Leaving Certificate Examination, 1902
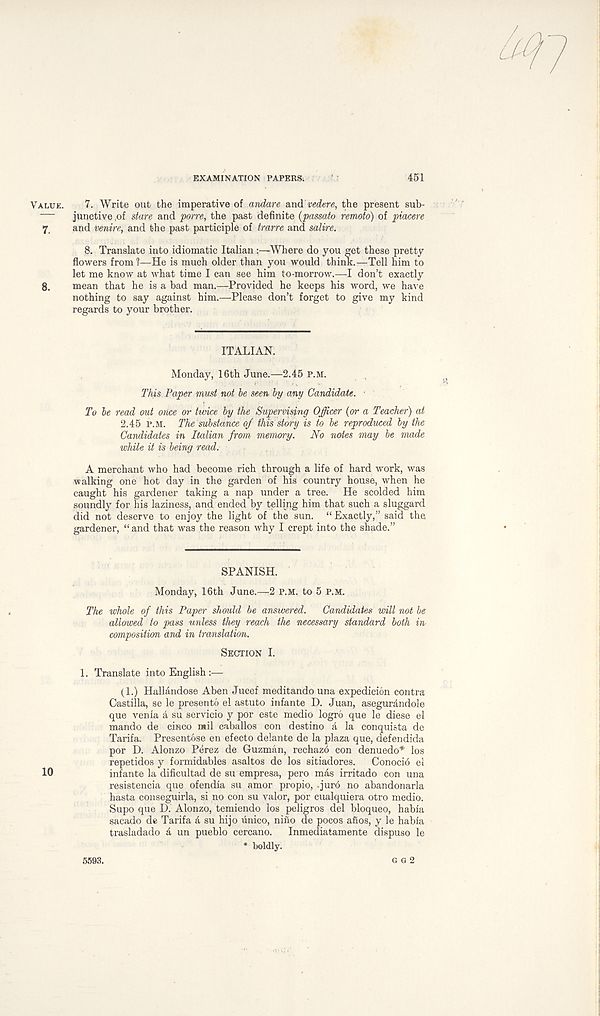
EXAMINATION PAPERS;
451
Value. 7. Write out the imperative of andare and vedere, the present sub-
junctive ,of stare and poire, the past definite (passato remote) of piacere
7, and venire, and the past participle of trarre and satire.
8. Translate into idiomatic Italian :—Where do you get these pretty
flowers from?—He is much older than you would think.—Tell him to
let me know at what time I can see him to-morrow.—I don’t exactly
8. mean that he is a bad man.—Provided he keeps his word, we have
nothing to say against him.—Please don’t forget to give my kind
regards to your brother.
ITALIAN.
Monday, 16th June.—2.45 P.M.
This Paper mvd not be seen by any Candidate.
To be read out once or twice by the Supervising Officer (or a Teacher) at
2.45 p.m. The substance of this story is to be reproduced by the
Candidates in Italian from memory. No notes may be made
while it is being read.
A merchant who had become rich through a life of hard work, was
walking one hot day in the garden of his country house, when he
caught his gardener taking a nap under a tree. He scolded him
soundly for his laziness, and ended by telling him that such a sluggard
did not deserve to enjoy the light of the sun. “ Exactly,” said the
gardener, “and that was the reason why I crept into the shade.”
SPANISH.
Monday, 16th June.—2 P.M. to 5 P.M.
The whole of this Paper should be answered. Candidates will not be
allowed to pass unless they reach the necessary standard both in
composition and in translation.
Section I.
1. Translate into English :—
(1.) Hallandose Aben Jucef meditando una expedicion contra
Castilla, se le present© el astuto infante D. Juan, asegurandole
que venia a su servicio y por este medio logro que le diese el
mando de cisco mil caballos con destino a la conquista de
Tarifa. Presentose en efecto delante de la plaza que, defendida
por D. Alonzo P4rez de Guzman, rechazb con denuedo* los
repetidos y formidables asaltos de los sitiadores. Conocib el
10
infante la dificultad de su empresa, pero mas irritado con una
resistencia que ofendia su amor propio, .jur6 no abandonarla
hasta conseguirla, si no con su valor, por cualquiera otro medio.
Supo que D. Alonzo, temiendo los peligros del bloqueo, habia
saeado de Tarifa a su hijo unico, nino de pocos anos, y le habia
trasladado a un pueblo cercano. Inmediatamente dispuso le
* boldly.
G G 2